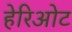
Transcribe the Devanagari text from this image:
हेरिओट